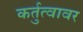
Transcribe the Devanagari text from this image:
कर्तुत्वावर